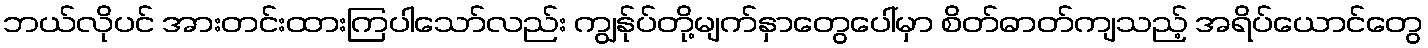
ဘယ်လိုပင် အားတင်းထားကြပါသော်လည်း ကျွန်ုပ်တို့မျက်နှာတွေပေါ်မှာ စိတ်ဓာတ်ကျသည့် အရိပ်ယောင်တွေ